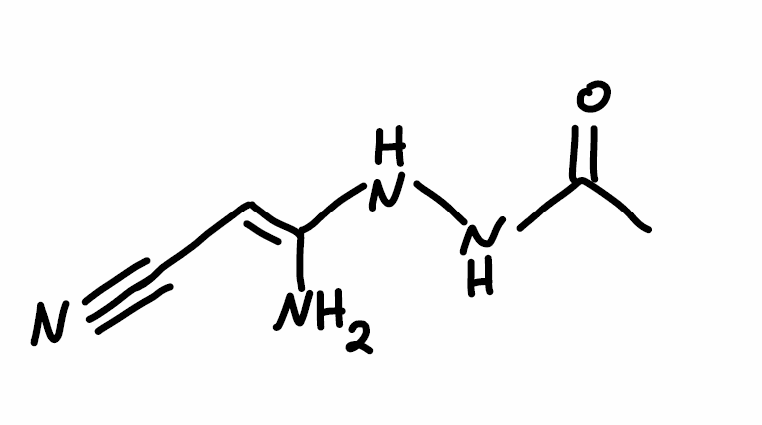
Simplified molecular-input line-entry system (SMILES) notation of the given molecule:
CC(=O)NN/C(=C/C#N)/N